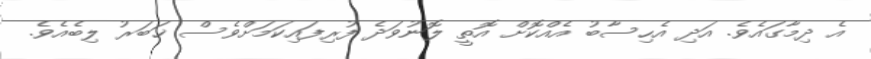
އެ ދިމާގައެވެ. އަދި އެހިސާބު އެއްކޮށް އޮތީ ލޮނުވަދެ ފުރިފައިކަމަށްވެސް ޚަބަރު ލިބެއެވެ.